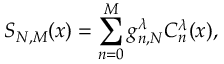
S _ { N , M } ( x ) = \sum _ { n = 0 } ^ { M } g _ { n , N } ^ { \lambda } C _ { n } ^ { \lambda } ( x ) ,